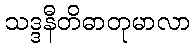
သဒ္ဒနီတိဓာတုမာလာ